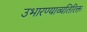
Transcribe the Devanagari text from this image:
उभारण्याव्यतिरिक्त